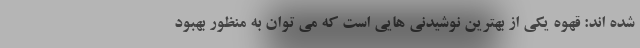
شده اند: قهوه یکی از بهترین نوشیدنی هایی است که می توان به منظور بهبود